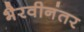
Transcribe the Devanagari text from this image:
भैरवीनंतर